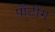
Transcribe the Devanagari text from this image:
पाँटींग